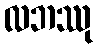
လဘဿု